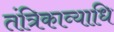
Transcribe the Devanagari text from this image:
तंत्रिकाव्याधि